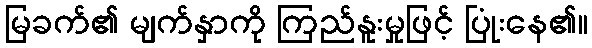
မြခက်၏ မျက်နှာကို ကြည်နူးမှုဖြင့် ပြုံးနေ၏။